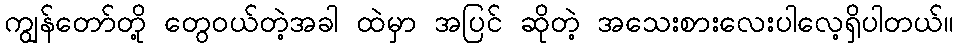
ကျွန်တော်တို့ တွေဝယ်တဲ့အခါ ထဲမှာ အပြင် ဆိုတဲ့ အသေးစားလေးပါလေ့ရှိပါတယ်။